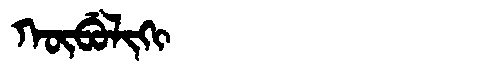
Manchu: ᡴᡡᠪᡠᠯᡳᡴᡳ
Romanization: KŪBULIKI